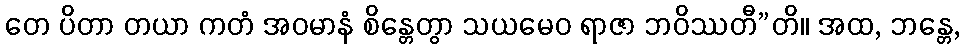
တေ ပိတာ တယာ ကတံ အဝမာနံ စိန္တေတွာ သယမေဝ ရာဇာ ဘဝိဿတီ”တိ။ အထ, ဘန္တေ,